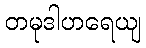
တမုဒါဟရေယျ